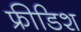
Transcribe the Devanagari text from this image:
फ्रीडिश